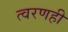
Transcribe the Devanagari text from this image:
त्वरणही